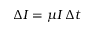
\Delta I = \mu I \, \Delta t